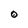
Character: O